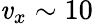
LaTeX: \mathit{v}_{x}\sim10